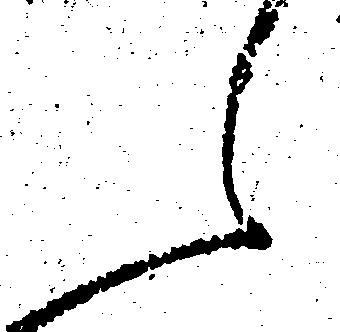
え